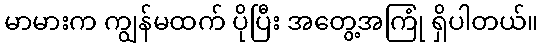
မာမားက ကျွန်မထက် ပိုပြီး အတွေ့အကြုံ ရှိပါတယ်။